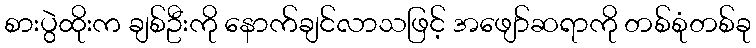
စားပွဲထိုးက ချစ်ဦးကို နောက်ချင်လာသဖြင့် အဖျော်ဆရာကို တစ်စုံတစ်ခု